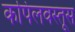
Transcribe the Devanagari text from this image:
कपिलवस्तूस